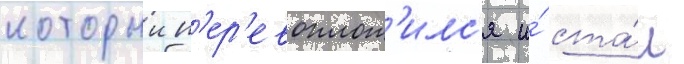
которыи п'ер'евоплот'илс'я и́ ста́л